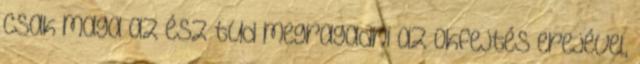
csak maga az ész tud megragadni az okfejtés erejével,